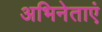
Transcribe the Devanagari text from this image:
अभिनेताएं